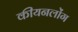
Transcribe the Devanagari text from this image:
कीयनलोंग